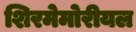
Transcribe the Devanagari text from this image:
शिरमेमोरीयल